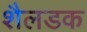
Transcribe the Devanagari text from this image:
शैलडक